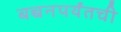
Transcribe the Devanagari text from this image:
बच्चनपर्यंतची